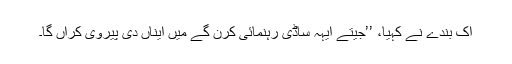
اِک بندے نے کہیا، ’’جیتے ایہہ ساڈی رہنمائی کرن گے میں ایناں دی پیروی کراں گا۔